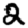
Digit: 2